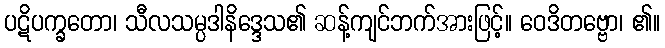
ပဋိပက္ခတော၊ သီလသမ္ပဒါနိဒ္ဒေသ၏ ဆန့်ကျင်ဘက်အားဖြင့်။ ဝေဒိတဗ္ဗော၊ ၏။